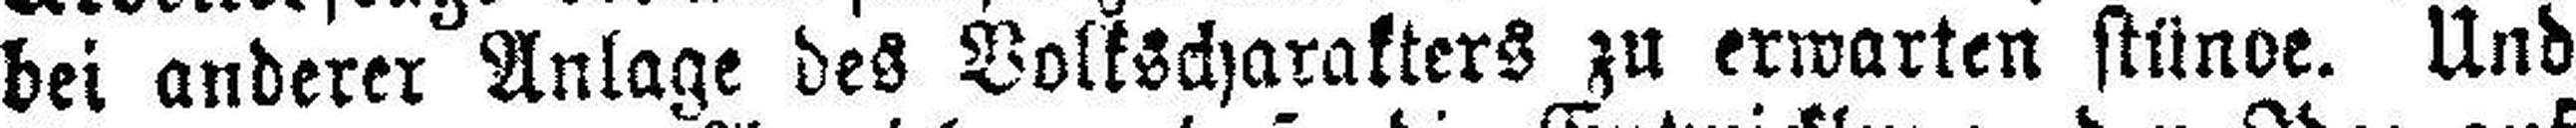
bei anderer Anlage des Volkscharakters zu erwarten stünoe. Und